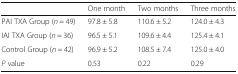
<table><thead><tr><td></td><td><b>One month</b></td><td><b>Two months</b></td><td><b>Three months</b></td></tr></thead><tbody><tr><td>PAI TXA Group (<i>n</i> = 49)</td><td>97.8 ± 5.8</td><td>110.6 ± 5.2</td><td>124.0 ± 4.3</td></tr><tr><td>IAI TXA Group (<i>n</i> = 36)</td><td>96.5 ± 5.1</td><td>109.6 ± 4.4</td><td>125.4 ± 4.1</td></tr><tr><td>Control Group (<i>n</i> = 42)</td><td>96.9 ± 5.2</td><td>108.5 ± 7.4</td><td>125.0 ± 4.0</td></tr><tr><td><i>P</i> value</td><td>0.53</td><td>0.22</td><td>0.29</td></tr></tbody></table>